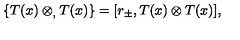
\{ T ( x ) \otimes _ { , } T ( x ) \} = [ r _ { \pm } , T ( x ) \otimes T ( x ) ] ,